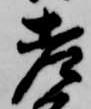
老